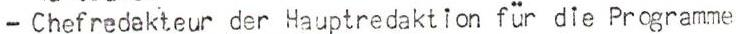
- Chefredekteur der Hauptredaktion für die Programme